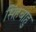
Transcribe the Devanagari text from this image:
सिंहबाहु